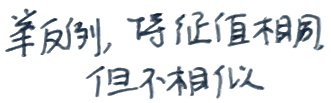
举反例，特征值相同但不相似